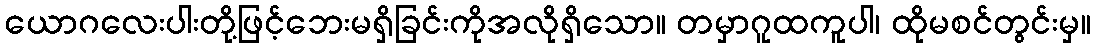
ယောဂလေးပါးတို့ဖြင့်ဘေးမရှိခြင်းကိုအလိုရှိသော။ တမှာဂူထကူပါ၊ ထိုမစင်တွင်းမှ။